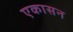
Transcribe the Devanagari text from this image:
एकासन